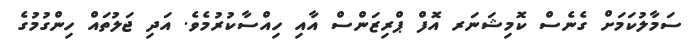
ސަމާލުކަމަށް ގެނެސް ކޮމިޝަނަރ އޮފް ޕްރިޒަންސް އާއި ހިއްސާކުރުމެވެ. އަދި ޖަލުތައް ހިންގުމުގެ